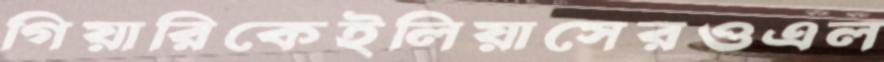
গিয়ারিকেইলিয়াসেরওএল